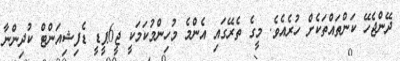
ދޭންޖެހޭ ކަންތައްތަކެށް ހުރެއެވެ. މީގެ ތެރޭގައި އެންމެ މުހިންމުކަމަކީ ޖީ6ޕީޑީ ޑެފިޝިއަންޓް ކުދިންނާ